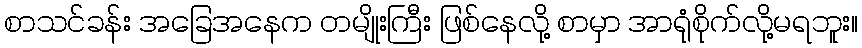
စာသင်ခန်း အခြေအနေက တမျိုးကြီး ဖြစ်နေလို့ စာမှာ အာရုံစိုက်လို့မရဘူး။